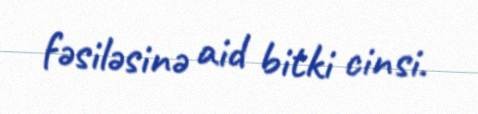
fəsiləsinə aid bitki cinsi.